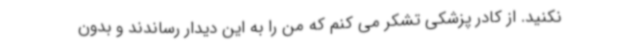
نکنید. از کادر پزشکی تشکر می کنم که من را به این دیدار رساندند و بدون